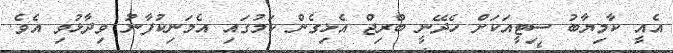
އެއީ ކާމިޔާބު ސިޓީއަކަށް ހެދޭނީ ބްރިޖް އެޅިގެން ކަމުގައި އެމަނިކުފާނު ވިދާޅުވި އެވެ.